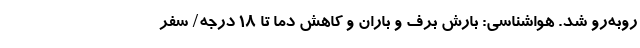
روبه‌رو شد. هواشناسی: بارش برف و باران و کاهش دما تا ۱۸ درجه/ سفر